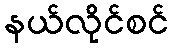
နယ်လိုင်စင်